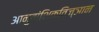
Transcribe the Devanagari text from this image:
आनुवांशिकविज्ञान